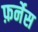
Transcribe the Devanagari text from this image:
फ़र्नेस